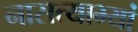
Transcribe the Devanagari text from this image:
नासत्याभ्यां